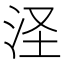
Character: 𣲾